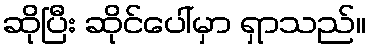
ဆိုပြီး ဆိုင်ပေါ်မှာ ရှာသည်။